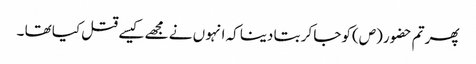
پھر تم حضو ر (ص)کو جا کر بتا دینا کہ انہو ں نے مجھے کیسے قتل کیا تھا ۔